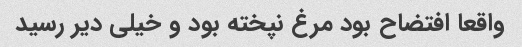
واقعا افتضاح بود مرغ نپخته بود و خیلی دیر رسید